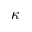
\kappa